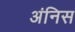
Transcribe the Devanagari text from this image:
अंनिस